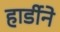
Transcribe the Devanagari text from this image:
हार्डीने